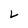
Character: L